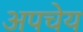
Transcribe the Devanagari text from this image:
अपचेय